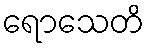
ရောသေတိ